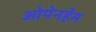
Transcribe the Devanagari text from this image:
ओपेनहेम